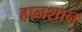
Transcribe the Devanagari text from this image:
हानशान